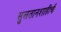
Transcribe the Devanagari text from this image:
सुलतानशाहीची